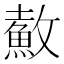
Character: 𲌶